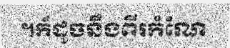
។ក៏ដូចនឹងពីរកំណែ